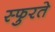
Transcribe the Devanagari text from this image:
स्फुरते